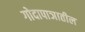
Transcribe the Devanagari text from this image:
गोदापाञातील